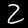
Digit: 2